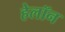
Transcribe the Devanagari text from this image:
हेलॉन